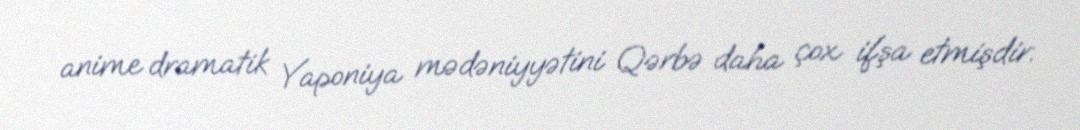
anime dramatik Yaponiya mədəniyyətini Qərbə daha çox ifşa etmişdir.